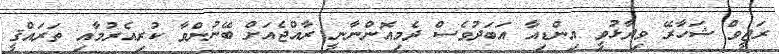
ރަޖީވް ޝަހާރޭ ވިދާޅުވީ އިންޑިއާ އަބަދުވެސް ދެމިއޮންނާނީ ރާއްޖެއަށް ބޭނުންވާ ކުރިއެރުމާއި ތަރައްޤީ